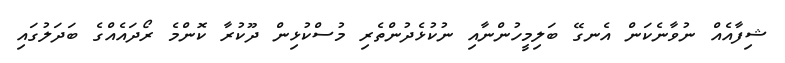
ޝިފާއެއް ނުވާނެކަން އެނގޭ ބަލިމީހުންނާއި ނުކުޅެދުންތެރި މުސްކުޅިން ދޫކުރާ ކޮންމެ ރޯދައެއްގެ ބަދަލުގައި